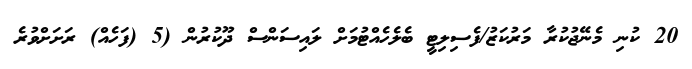
20 ކުނި މެނޭޖުކުރާ މަރުކަޒު/ފެސިލިޓީ ބެލެހެއްޓުމަށް ލައިސަންސް ދޫކުރުން (5 (ފަހެއް) ރަށަށްވުރެ